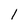
Character: I